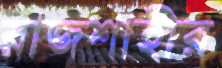
রাজশাহীর